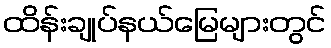
ထိန်းချုပ်နယ်မြေများတွင်